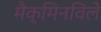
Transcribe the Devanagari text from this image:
मैक्मिनविले